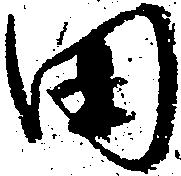
田